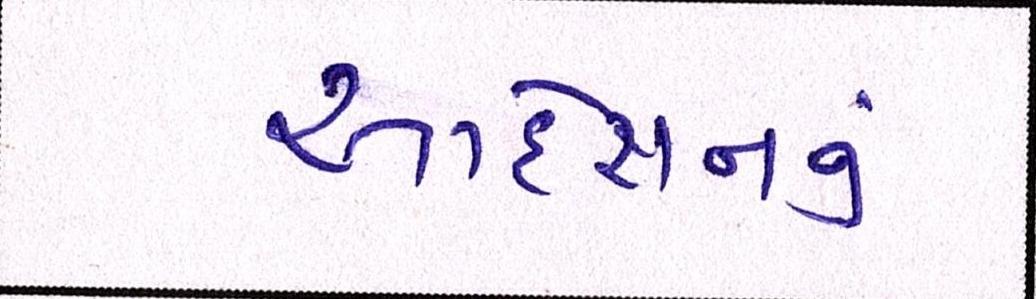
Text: આદેશનનું